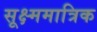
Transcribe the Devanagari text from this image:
सूक्ष्ममात्रिक